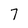
Character: 7